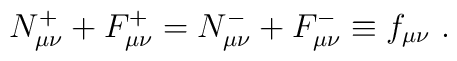
N^{+}_{\mu\nu} +F^{+}_{\mu\nu} =N^{-}_{\mu\nu}+F^{-}_{\mu\nu}\equiv f_{\mu\nu}\ .